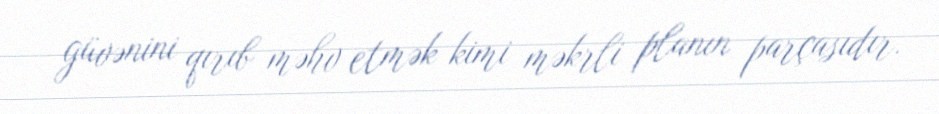
güvənini qırıb məhv etmək kimi məkrli planın parçasıdır.